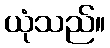
ယုံသည်။